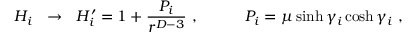
H _ { i } \ \ \to \ \ H _ { i } ^ { \prime } = 1 + { \frac { P _ { i } } { r ^ { D - 3 } } } \ , \ \ \ \ \ \ \ \ \ P _ { i } = \mu \sinh \gamma _ { i } \cosh \gamma _ { i } \ ,